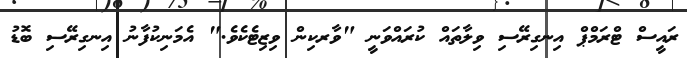
ރައީސް ޓްރަމްޕް އިނގިރޭސި ވިލާތައް ކުރައްވަނީ "ވާރކިން ވިޒިޓެކެވެ." އެމަނިކުފާނު އިނގިރޭސި ބޮޑު